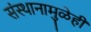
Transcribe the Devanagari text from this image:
संस्थानामुळेही